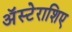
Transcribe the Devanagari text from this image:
अॅस्टेराशिए